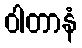
ဝါတာနံ